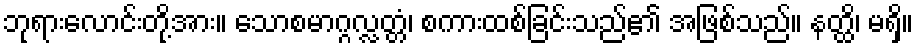
ဘုရားလောင်းတို့အား။ သောစမာဂ္ဂလ္လတ္တံ၊ စကားထစ်ခြင်းသည်၏ အဖြစ်သည်။ နတ္ထိ၊ မရှိ။